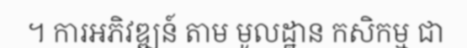
។ ការអភិវឌ្ឍន៍ តាម មូលដ្ឋាន កសិកម្ម ជា